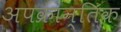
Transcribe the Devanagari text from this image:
अपक्रान्तिक